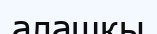
алашқы